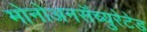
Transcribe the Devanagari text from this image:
मोनोअनसॅच्युरेटेड